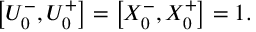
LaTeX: \left[ U _ { 0 } ^ { - } , U _ { 0 } ^ { + } \right] = \left[ X _ { 0 } ^ { - } , X _ { 0 } ^ { + } \right] = 1 .